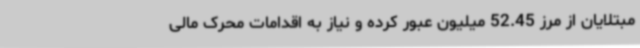
مبتلایان از مرز 52.45 میلیون عبور کرده و نیاز به اقدامات محرک مالی